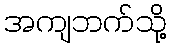
အကျဘက်သို့